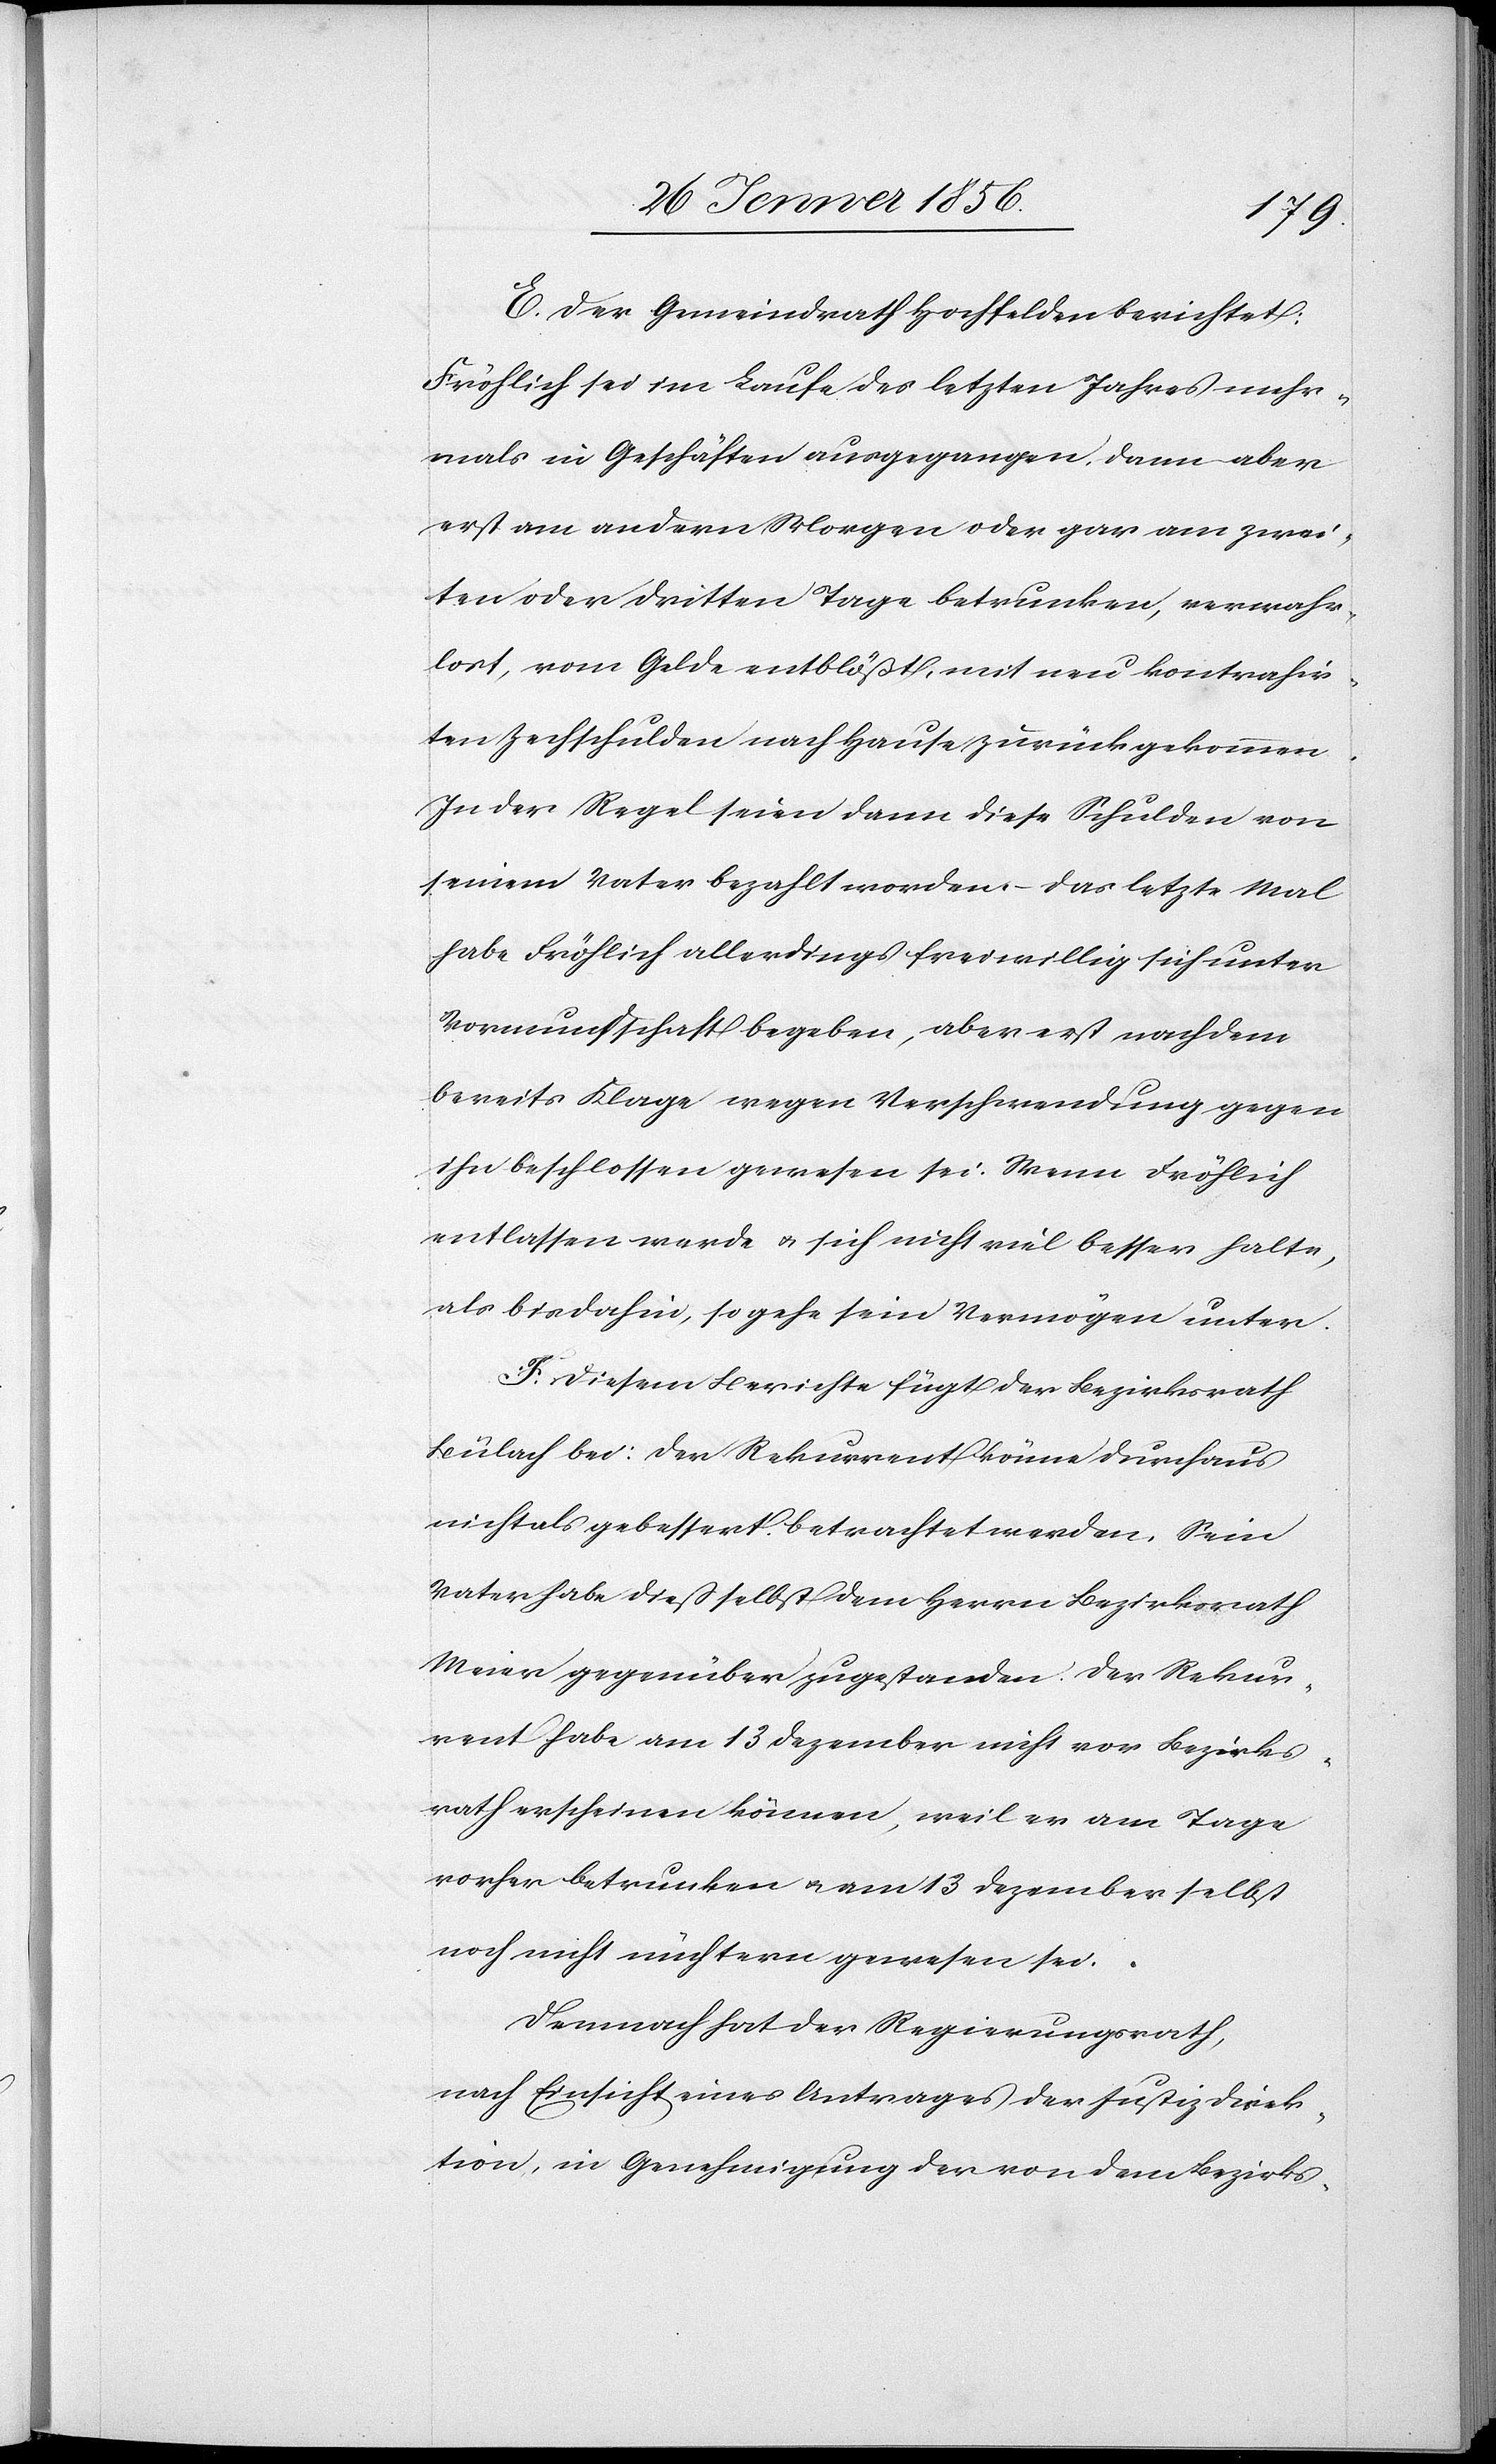
E. Der Gemeindrath Hochfelden berichtet:
Fröhlich sei im Laufe des letzten Jahres mehr¬
mals in Geschäften ausgegangen, dann aber
erst am andern Morgen oder gar am zwei¬
ten oder dritten Tage betrunken, verwahr¬
lost, vom Gelde entblößt, mit neu kontrahir¬
ten Zechschulden nach Hause zurückgekommen.
In der Regel seien dann diese Schulden von
seinem Vater bezahlt worden. – Das letzte Mal
habe Fröhlich allerdings freiwillig sich unter
Vormundschaft begeben, aber erst nachdem
bereits Klage wegen Verschwendung gegen
ihn beschlossen gewesen sei. Wenn Fröhlich
entlassen werde u. sich nicht viel besser halte,
als bis dahin, so gehe sein Vermögen unter.
F. Diesem Berichte fügt der Bezirksrath
Bülach bei: Der Rekurrent könne durchaus
nicht als gebessert betrachtet werden. Sein
Vater habe dieß selbst dem Herrn Bezirksrath
Meier gegenüber zugestanden. Der Rekur¬
rent habe am 13 Dezember nicht vor Bezirks¬
rath erscheinen können, weil er am Tage
vorher betrunken u. am 13 Dezember selbst
noch nicht nüchtern gewesen sei.
Demnach hat der Regierungsrath,
nach Einsicht eines Antrages der Justizdirek¬
tion, in Genehmigung der von dem Bezirks-